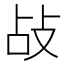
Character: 敁